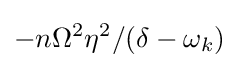
-n\Omega ^{2}\eta ^{2}/(\delta -\omega _{k})